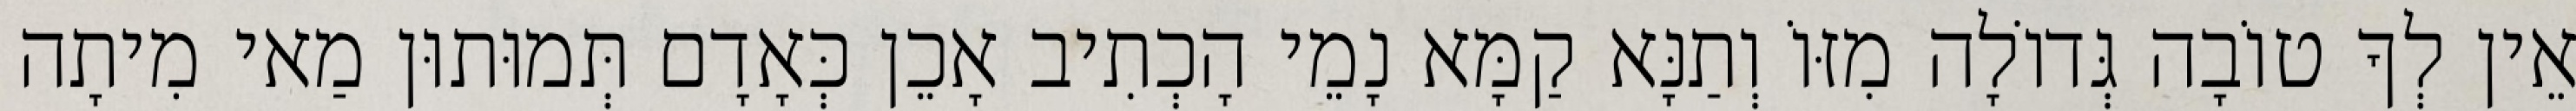
אֵין לְךָ טוֹבָה גְּדוֹלָה מִזּוֹ וְתַנָּא קַמָּא נָמֵי הָכְתִיב אָכֵן כְּאָדָם תְּמוּתוּן מַאי מִיתָה